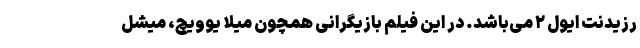
رزیدنت ایول ۲ می‌باشد. در این فیلم بازیگرانی همچون میلا یوویچ، میشل